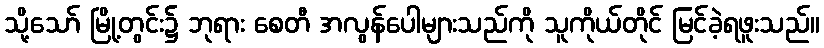
သို့သော် မြို့တွင်း၌ ဘုရား စေတီ အလွန်ပေါများသည်ကို သူကိုယ်တိုင် မြင်ခဲ့ရဖူးသည်။